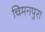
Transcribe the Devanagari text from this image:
चिमनपुरा